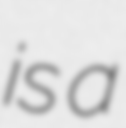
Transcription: is a